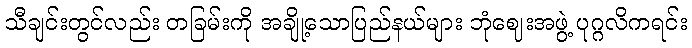
သီချင်းတွင်လည်း တခြမ်းကို အချို့သောပြည်နယ်များ ဘုံဈေးအဖွဲ့ ပုဂ္ဂလိကရင်း